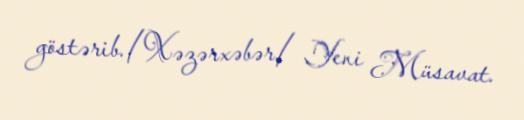
göstərib./Xəzərxəbər/ Yeni Müsavat.